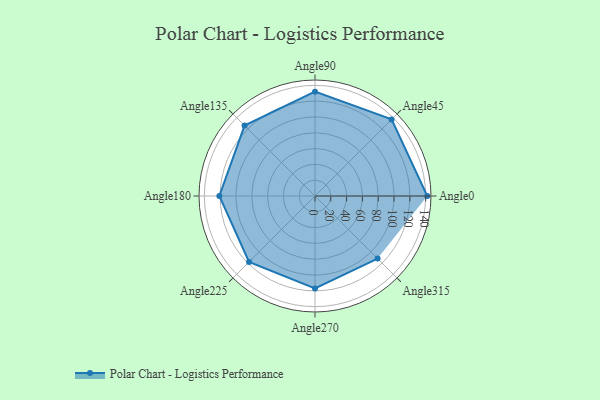
{"axis": {"x": "Angle", "y": "Radius"}, "legend": [""], "data": [{"x": "Angle0", "y": 142.0, "type": ""}, {"x": "Angle45", "y": 137.0, "type": ""}, {"x": "Angle90", "y": 132.0, "type": ""}, {"x": "Angle135", "y": 126.0, "type": ""}, {"x": "Angle180", "y": 121.0, "type": ""}, {"x": "Angle225", "y": 118.0, "type": ""}, {"x": "Angle270", "y": 117.0, "type": ""}, {"x": "Angle315", "y": 112.0, "type": ""}]}